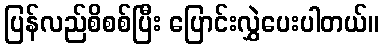
ပြန်လည်စိစစ်ပြီး ပြောင်းလွှဲပေးပါတယ်။